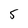
Character: 5